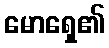
မောရှေ၏